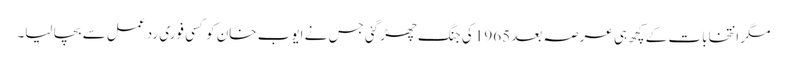
مگر انتخابات کے کچھ ہی عرصہ بعد 1965 کی جنگ چھڑ گئی جس نے ایوب خان کو کسی فوری رد عمل سے بچا لیا۔